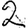
Digit: 2